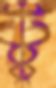
ট্